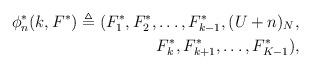
LaTeX: \begin{align*}\begin{aligned} \phi_n^*(k, F^*) \triangleq (F^*_1, F^*_2, &\dots,F^*_{k-1}, (U+n)_N, \\ & F^*_{k}, F^*_{k+1}, \dots, F^*_{K-1}), \end{aligned}\end{align*}